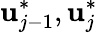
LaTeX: \mathbf{u}_{j-1}^{*},\mathbf{u}_{j}^{*}